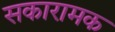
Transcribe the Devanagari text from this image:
सकारामक